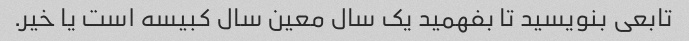
تابعی بنویسید تا بفهمید یک سال معین سال کبیسه است یا خیر.